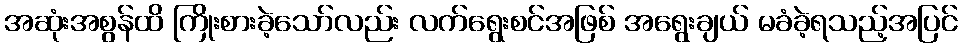
အဆုံးအစွန်ထိ ကြိုးစားခဲ့သော်လည်း လက်ရွေးစင်အဖြစ် အရွေးချယ် မခံခဲ့ရသည့်အပြင်